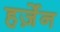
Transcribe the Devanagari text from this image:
हर्ज़ेन